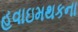
હવાઇમથકના